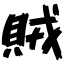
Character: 賊